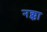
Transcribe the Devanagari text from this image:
नक्का